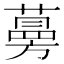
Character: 𦽦